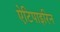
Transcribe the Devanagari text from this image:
ऐटिपाइरिन